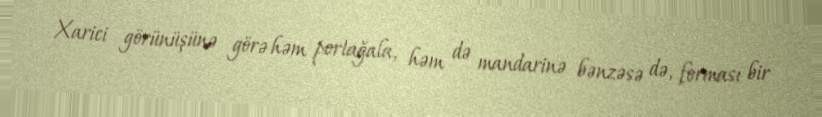
Xarici görünüşünə görə həm portağala, həm də mandarinə bənzəsə də, forması bir